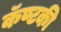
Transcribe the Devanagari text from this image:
कॅण्टकी